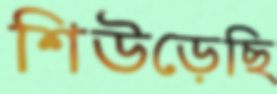
শিউড়েছি